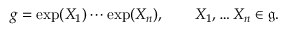
g = \exp ( X _ { 1 } ) \cdots \exp ( X _ { n } ) , \qquad X _ { 1 } , \ldots X _ { n } \in { \mathfrak { g } } .